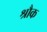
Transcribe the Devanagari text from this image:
श्रौक